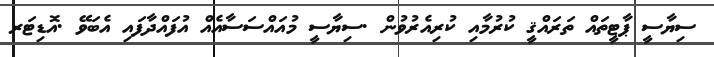
ސިޔާސީ ޕާޓީތައް ތަރައްޤީ ކުރުމާއި ކުރިއެރުވުން .ސިޔާސީ މުއައްސަސާއެއް އުފައްދާފައި އެބަވޭ .އޮޑިޓަރ